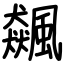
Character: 飆